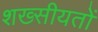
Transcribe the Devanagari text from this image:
शख्सीयतों